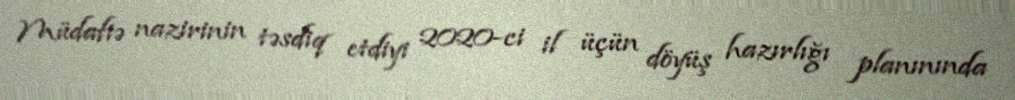
Müdafiə nazirinin təsdiq etdiyi 2020-ci il üçün döyüş hazırlığı planınında